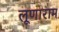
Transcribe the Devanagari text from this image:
लूणाराम